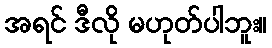
အရင် ဒီလို မဟုတ်ပါဘူး။